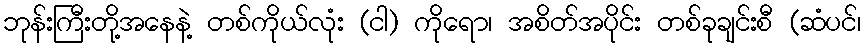
ဘုန်းကြီးတို့အနေနဲ့ တစ်ကိုယ်လုံး (ငါ) ကိုရော၊ အစိတ်အပိုင်း တစ်ခုချင်းစီ (ဆံပင်၊